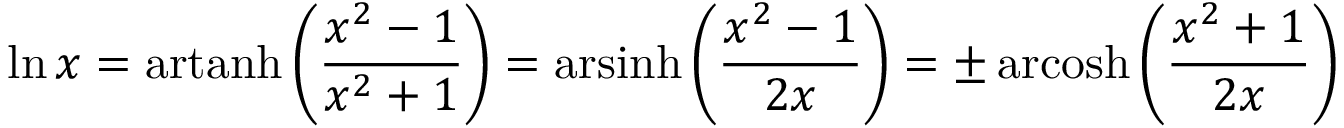
\ln x = \operatorname { a r t a n h } \left( { \frac { x ^ { 2 } - 1 } { x ^ { 2 } + 1 } } \right) = \operatorname { a r s i n h } \left( { \frac { x ^ { 2 } - 1 } { 2 x } } \right) = \pm \operatorname { a r c o s h } \left( { \frac { x ^ { 2 } + 1 } { 2 x } } \right)